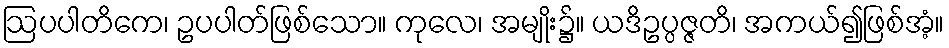
ဩပပါတိကေ၊ ဥပပါတ်ဖြစ်သော။ ကုလေ၊ အမျိုး၌။ ယဒိဥပ္ပဇ္ဇတိ၊ အကယ်၍ဖြစ်အံ့။